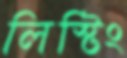
লিস্টিং